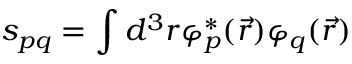
s _ { p q } = \int d ^ { 3 } r \varphi _ { p } ^ { * } ( \vec { r } ) \varphi _ { q } ( \vec { r } )